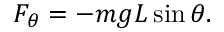
F _ { \theta } = - m g L \sin \theta .